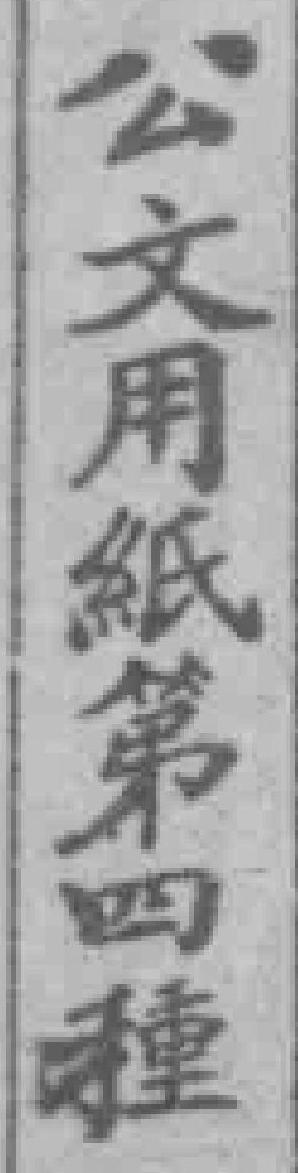
公文用紙第四瞳